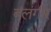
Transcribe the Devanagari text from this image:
बलंगीर